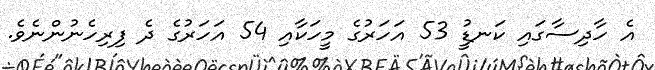
އެ ހާދިސާގައި ކަނޑުީި 53 އަހަރުގެ މީހަކާއި 54 އަހަރުގެ ދެ ފިރިހެނުންނެވެ.